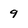
Character: 9